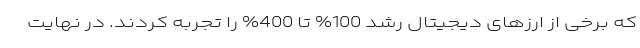
که برخی از ارزهای دیجیتال رشد 100% تا 400% را تجربه کردند. در نهایت